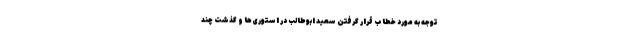
توجه به مورد خطاب قرار گرفتن سعید ابوطالب در استوری‌ها و گذشت چند